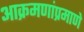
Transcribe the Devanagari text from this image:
आक्रमणांप्रमाणे